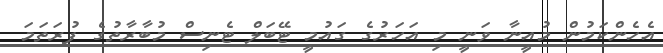
އެހެންކަމުން މުއީނާ ވަނީ މި އަހަރުގެ ގައުމީ ޓޭބަލް ޓެނިސް މުބާރާތުގެ ފުރަތަމަ